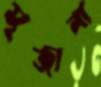
সৃজানা